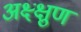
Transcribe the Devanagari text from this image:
अक्ष्क्षुण